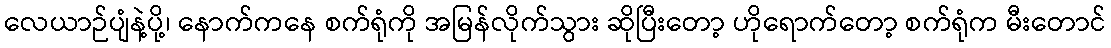
လေယာဉ်ပျံနဲ့ပို့၊ နောက်ကနေ စက်ရုံကို အမြန်လိုက်သွား ဆိုပြီးတော့ ဟိုရောက်တော့ စက်ရုံက မီးတောင်